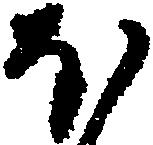
ほ